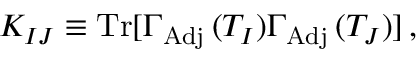
K _ { I J } \equiv \mathrm { T r } [ \Gamma _ { \mathrm { A d j } } \, ( T _ { I } ) \Gamma _ { \mathrm { A d j } } \, ( T _ { J } ) ] \, ,